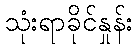
သုံးရာခိုင်နှုန်း